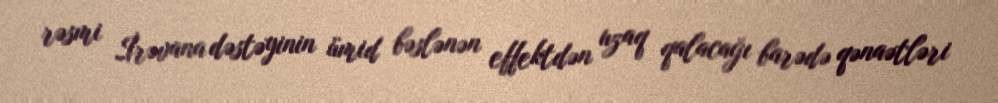
rəsmi İrəvana dəstəyinin ümid bəslənən effektdən uzaq qalacağı barədə qənaətləri